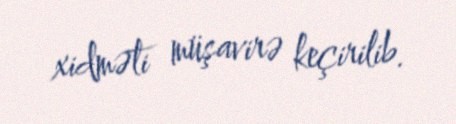
xidməti müşavirə keçirilib.